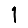
Digit: 1